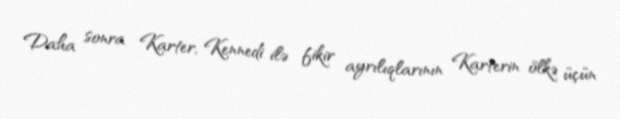
Daha sonra Karter, Kennedi ilə fikir ayrılıqlarının Karterin ölkə üçün